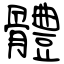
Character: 體